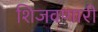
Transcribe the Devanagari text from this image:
शिजवणारी